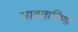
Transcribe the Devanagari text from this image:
भावतारिणी